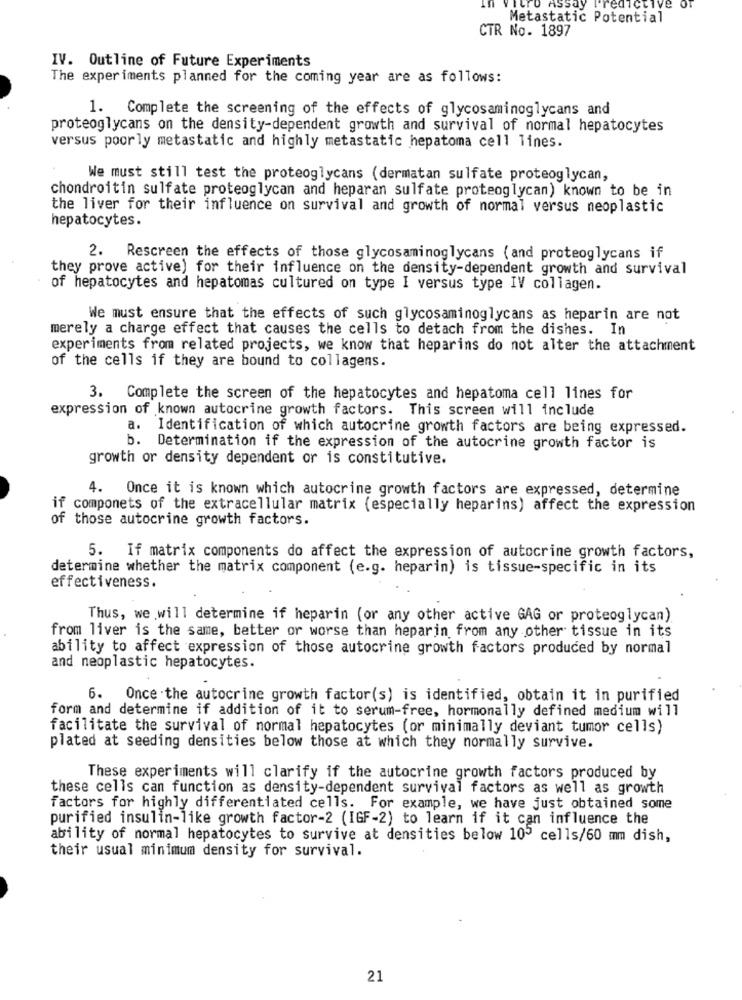
tro Assay
edictive of
Metastatic Potential
CTR No. 1897
IV. Outline of Future Experiments
The experiments planned for the coming year are as follows:
1. Complete the screening of the effects of glycosaminoglycans and
proteoglycans on the density-dependent growth and survival of normal hepatocytes
versus poorly metastatic and highly metastatic hepatoma cell lines.
We must still test the proteoglycans (dermatan sulfate proteoglycan,
chondroitin sulfate proteoglycan and heparan sulfate proteoglycan) known to be in
the liver for their influence on survival and growth of normal versus neoplastic
hepatocytes.
2. Rescreen the effects of those glycosaminoglycans ( and proteoglycans if
they prove active) for their influence on the density-dependent growth and survival
of hepatocytes and hepatomas cultured on type I versus type IV collagen.
We must ensure that the effects of such glycosaminoglycans as heparin are not
merely a charge effect that causes the cells to detach from the dishes. In
experiments from related projects, we know that heparins do not alter the attachment
of the cells if they are bound to collagens.
3. Complete the screen of the hepatocytes and hepatoma cell lines for
expression of known autocrine growth factors. This screen will include
a. Identification of which autocrine growth factors are being expressed.
b. Determination if the expression of the autocrine growth factor is
growth or density dependent or is constitutive.
4. Once it is known which autocrine growth factors are expressed, determine
if componets of the extracellular matrix (especially heparins) affect the expression
of those autocrine growth factors.
5. If matrix components do affect the expression of autocrine growth factors,
determine whether the matrix component (e.g. heparin) is tissue-specific in its
effectiveness.
Thus, we will determine if heparin (or any other active GAG or proteoglycan)
from liver is the same, better or worse than heparin from any other tissue in its
ability to affect expression of those autocrine growth factors produced by normal
and neoplastic hepatocytes.
6. Once the autocrine growth factor(s) is identified, obtain it in purified
form and determine if addition of it to serum-free, hormonally defined medium will
facilitate the survival of normal hepatocytes (or minimally deviant tumor cells)
plated at seeding densities below those at which they normally survive.
These experiments will clarify if the autocrine growth factors produced by
these cells can function as density-dependent survival factors as well as growth
factors for highly differentiated cells. For example, we have just obtained some
purified insulin-like growth factor-2 (IGF-2) to learn if it can influence the
ability of normal hepatocytes to survive at densities below 105 cells/60 mm dish,
their usual minimum density for survival.
21